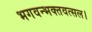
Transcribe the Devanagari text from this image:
भगवन्भक्तवत्सल।